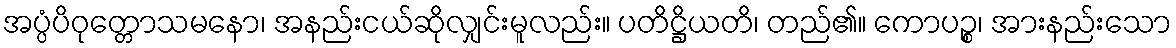
အပ္ပံပိဝုတ္တောသမနော၊ အနည်းငယ်ဆိုလျှင်းမူလည်း။ ပတိဋ္ဌိယတိ၊ တည်၏။ ကောပဉ္စ၊ အားနည်းသော